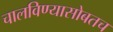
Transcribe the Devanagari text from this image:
चालविण्यासोबतच